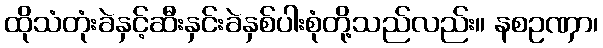
ထိုသံတုံးခဲနှင့်ဆီးနှင်းခဲနှစ်ပါးစုံတို့သည်လည်း။ နစဥဏှာ၊